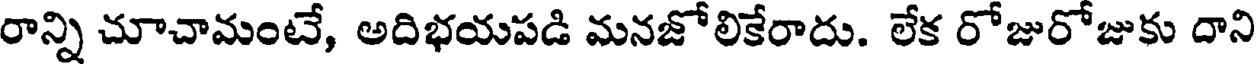
రాన్ని చూచామంటే, అదిభయపడి మనజోలికేరాదు. లేక రోజురోజుకు దాని